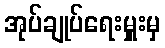
အုပ်ချုပ်ရေးမှူးမှ